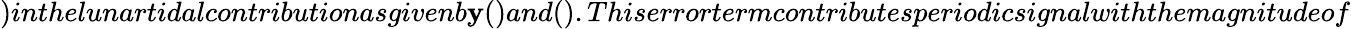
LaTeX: )inthelunartidalcontributionasgivenb\mathbf{y}()and().Thiserrortermcontributesperiodicsignalwiththemagnitudeof